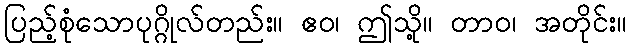
ပြည့်စုံသောပုဂ္ဂိုလ်တည်း။ ဧဝ၊ ဤသို့။ တာဝ၊ အတိုင်း။